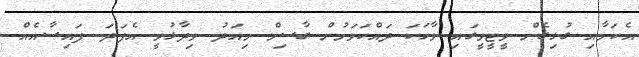
އެކަމާއި ގުޅިގެން ވީޓީވީގައި ވާހަކަ ދައްކަވަމުން ގާސިމް މިއަދު ވިދާޅުވީ އެފަދަ ފައިސާއެއް